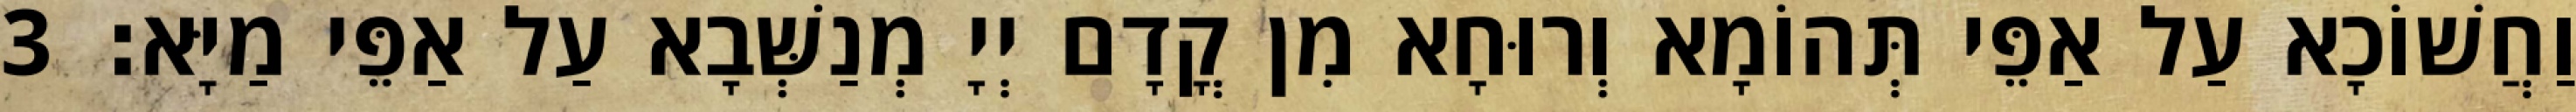
וַחֲשׁוֹכָא עַל אַפֵּי תְּהוֹמָא וְרוּחָא מִן קֳדָם יְיָ מְנַשְּׁבָא עַל אַפֵּי מַיָּא׃ 3